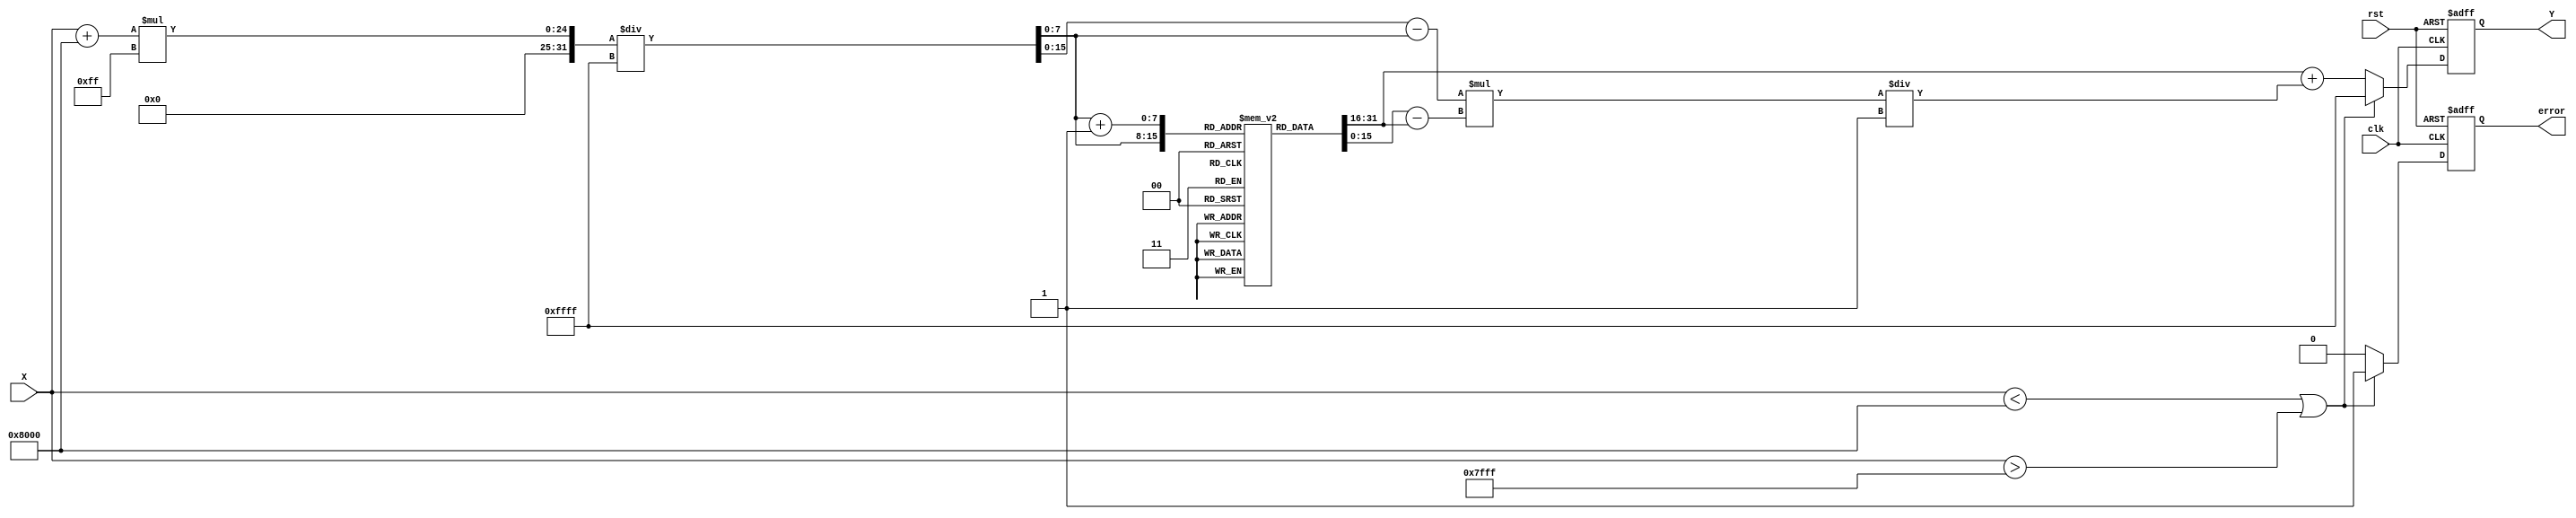
module asin_block (
    input wire clk,
    input wire rst,
    input wire [15:0] X, // Input value (fixed-point representation in [-1, 1])
    output reg [15:0] Y,  // Output value (fixed-point representation in radians)
    output reg error      // Error signal
);

    // Parameters
    parameter LUT_SIZE = 256; // Number of entries in the LUT
    parameter LUT_WIDTH = 16;  // Width of LUT entries
    parameter INDEX_WIDTH = 8; // Width for indexing the LUT (log2(LUT_SIZE))
    
    // LUT for asin values (precomputed)
    reg [LUT_WIDTH-1:0] lut [0:LUT_SIZE-1];

    // Initialize the LUT with precomputed asin values
    initial begin
        // Populate the LUT with asin values (in fixed-point format)
        // Example values, replace with actual precomputed values
        lut[0] = 16'h8000; // asin(-1) = -/2
        lut[1] = 16'hFC90; // asin(-0.9961)
        // ... (populate all values up to lut[255])
        lut[255] = 16'h0000; // asin(1) = /2
    end

    // Internal signals
    reg [INDEX_WIDTH-1:0] index;
    reg [INDEX_WIDTH-1:0] index_next;
    reg [LUT_WIDTH-1:0] lut_a, lut_b; // LUT values for interpolation
    reg [15:0] x_scaled; // Scaled input value for LUT indexing
    reg [15:0] delta; // Difference for interpolation

    // Error handling
    always @(posedge clk or posedge rst) begin
        if (rst) begin
            Y <= 16'h0000; // Reset output
            error <= 1'b0; // No error
        end else begin
            // Check input range
            if (X < 16'h8000 || X > 16'h7FFF) begin // Check if X is in [-1, 1]
                error <= 1'b1; // Set error signal
                Y <= 16'hFFFF; // Return NaN or error code
            end else begin
                error <= 1'b0; // Clear error signal
                // Scale input to fit LUT index
                x_scaled = (X + 16'h8000) * (LUT_SIZE - 1) / 16'hFFFF; // Scale to [0, LUT_SIZE-1]
                index = x_scaled[INDEX_WIDTH-1:0]; // Get index for LUT
                // Perform linear interpolation
                lut_a = lut[index]; // Lower bound LUT value
                lut_b = lut[index + 1]; // Upper bound LUT value
                delta = (x_scaled - index) * (lut_b - lut_a) / (16'h0001); // Calculate delta for interpolation
                Y <= lut_a + delta; // Final output
            end
        end
    end

endmodule